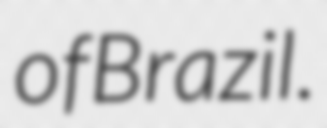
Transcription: of Brazil.